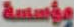
مؤسسة